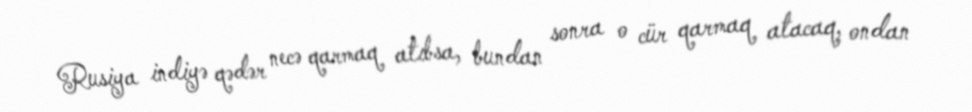
Rusiya indiyə qədər necə qarmaq atıbsa, bundan sonra o cür qarmaq atacaq, ondan